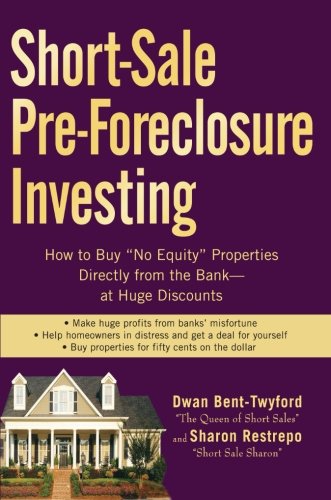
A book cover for Short-Sale Pre-Foreclosure Investing: How to Buy "No-Equity" Properties Directly from the Bank -- at Huge Discounts; Dwan Bent-Twyford; Business & Money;